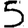
Digit: 5